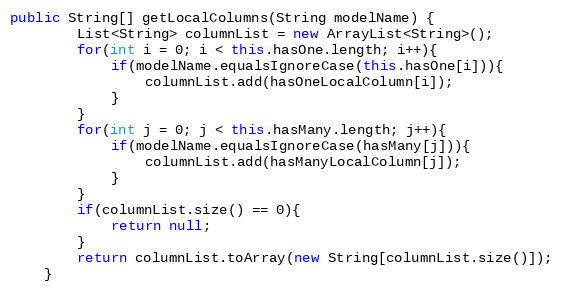
Language: Java
public String[] getLocalColumns(String modelName) {
		List<String> columnList = new ArrayList<String>();
		for(int i = 0; i < this.hasOne.length; i++){
			if(modelName.equalsIgnoreCase(this.hasOne[i])){
				columnList.add(hasOneLocalColumn[i]);
			}
		}
		for(int j = 0; j < this.hasMany.length; j++){
			if(modelName.equalsIgnoreCase(hasMany[j])){
				columnList.add(hasManyLocalColumn[j]);
			}
		}
		if(columnList.size() == 0){
			return null;
		}
		return columnList.toArray(new String[columnList.size()]);
	}